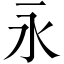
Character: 永